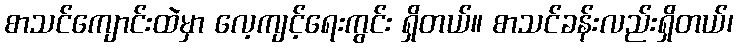
စာသင်ကျောင်းထဲမှာ လေ့ကျင့်ရေးကွင်း ရှိတယ်။ စာသင်ခန်းလည်းရှိတယ်၊